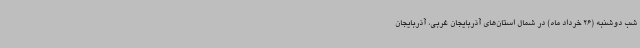
شب دوشنبه (26 خرداد ماه) در شمال استان‌های آذربایجان غربی، آذربایجان